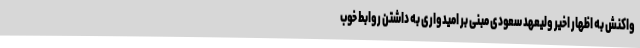
واکنش به اظهار اخیر ولیعهد سعودی مبنی بر امیدواری به داشتن روابط خوب